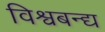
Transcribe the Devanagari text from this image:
विश्वबन्द्य